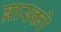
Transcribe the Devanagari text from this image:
ब्रास्को